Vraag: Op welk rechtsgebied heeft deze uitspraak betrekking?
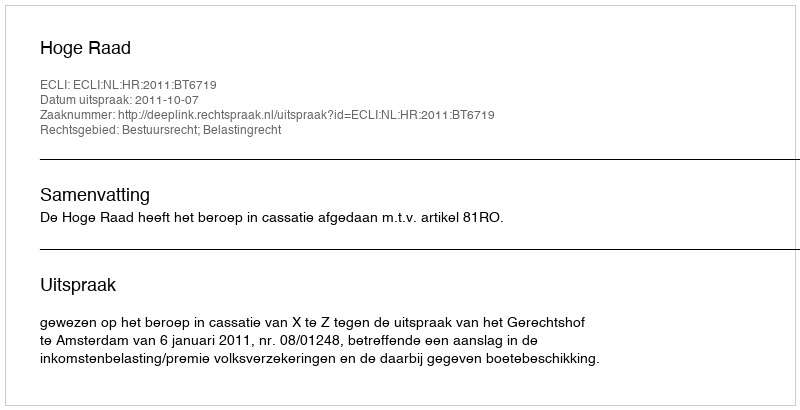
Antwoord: Bestuursrecht; Belastingrecht